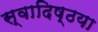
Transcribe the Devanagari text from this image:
स्वादिष्ठया